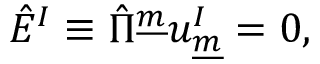
\hat { E } ^ { I } \equiv \hat { \Pi } ^ { \underline { { { m } } } } u _ { \underline { { { m } } } } ^ { I } = 0 , \qquad